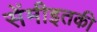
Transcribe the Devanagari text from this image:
सेंमीइतकी